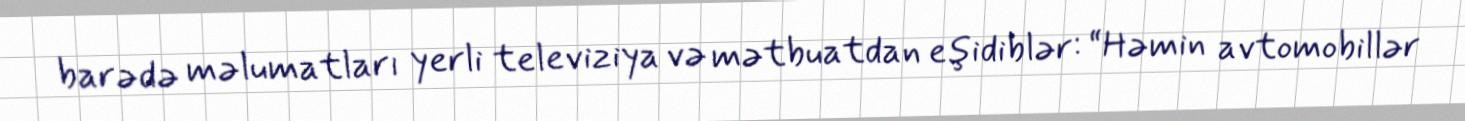
barədə məlumatları yerli televiziya və mətbuatdan eşidiblər: “Həmin avtomobillər